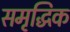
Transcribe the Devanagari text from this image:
समृद्धिक